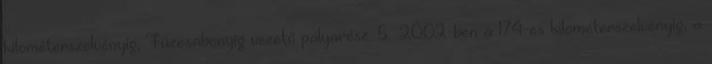
kilométerszelvényig, Füzesabonyig vezető pályarész. 5 2002-ben a 174-es kilométerszelvényig, a